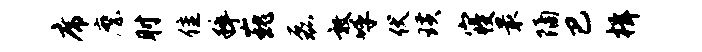
席縻肘隹粹巍磊敦呼伏璜寝最隔巴楫